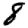
Digit: 8